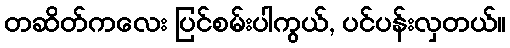
တဆိတ်ကလေး ပြင်စမ်းပါကွယ်, ပင်ပန်းလှတယ်။